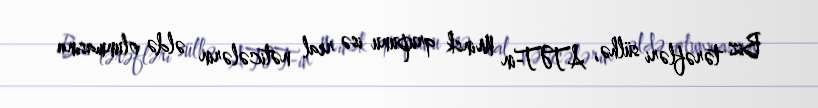
Biz tərəfləri sülhə, ATƏT-in Minsk qrupunu isə real nəticələrin əldə olunmasına